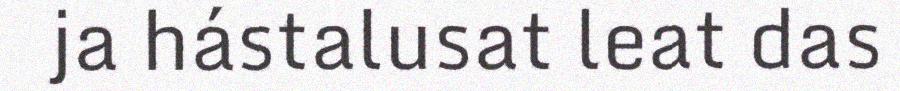
ja hástalusat leat das